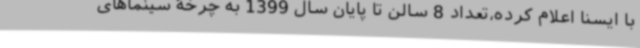
با ایسنا اعلام کرده،تعداد 8 سالن تا پایان سال 1399 به چرخۀ سینماهای